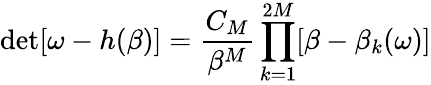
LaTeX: \operatorname*{det}[\omega-h(\beta)]=\frac{C_{M}}{\beta^{M}}\prod_{k=1}^{2M}[\beta-\beta_{k}(\omega)]